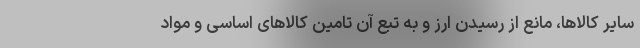
سایر کالاها، مانع از رسیدن ارز و به تبع آن تامین کالاهای اساسی و مواد